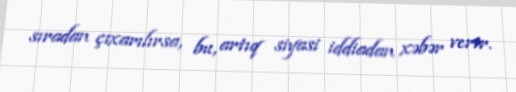
sıradan çıxarılırsa, bu, artıq siyasi iddiadan xəbər verir.